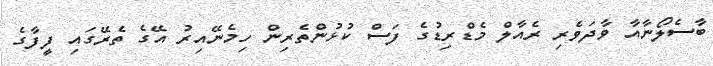
ބާސެލޯނާއާ ވާދަވެރި ރެއާލް މެޑްރިޑުގެ ފަސް ކުޅުންތެރިން ހިމެނޭއިރު އޭގެ ތެރޭގައި ފީފާގެ